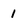
Character: 1